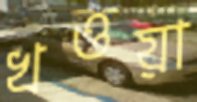
খওয়া